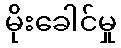
မိုးခေါင်မှု